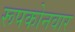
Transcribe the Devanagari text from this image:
रूपकोनवार